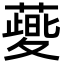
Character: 𬞯